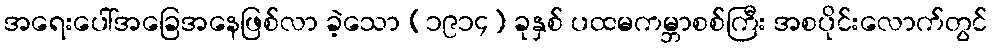
အရေးပေါ်အခြေအနေဖြစ်လာ ခဲ့သော (၁၉၁၄) ခုနှစ် ပထမကမ္ဘာစစ်ကြီး အစပိုင်းလောက်တွင်